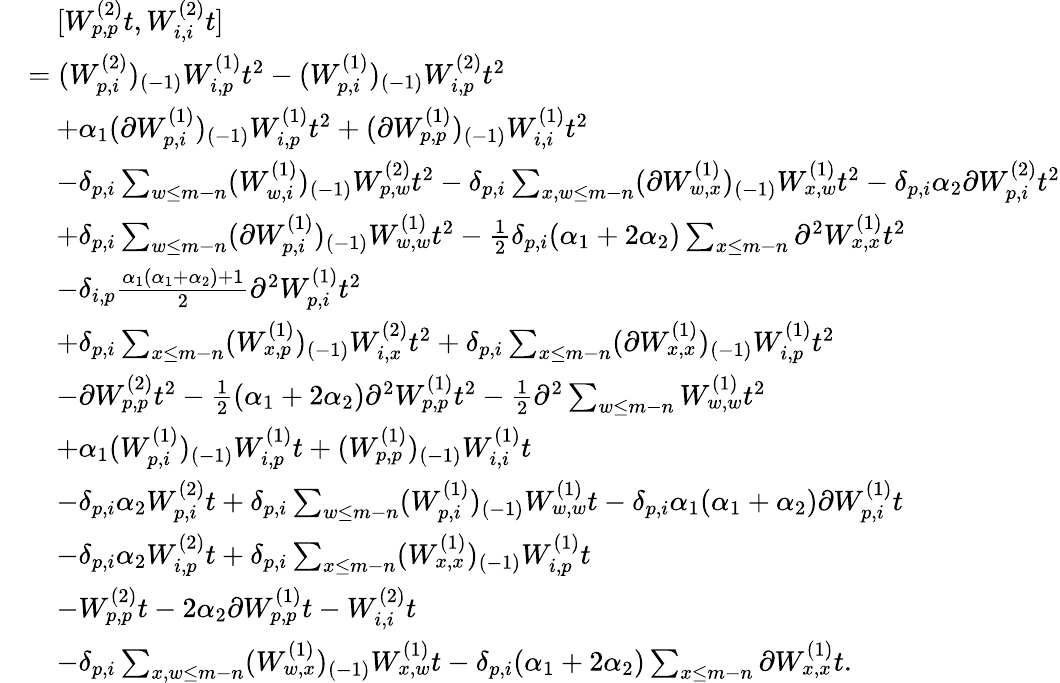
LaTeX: \begin{array}{rl}&{\quad[W_{p,p}^{(2)}t,W_{i,i}^{(2)}t]}\\ &{=(W_{p,i}^{(2)})_{(-1)}W_{i,p}^{(1)}t^{2}-(W_{p,i}^{(1)})_{(-1)}W_{i,p}^{(2)}t^{2}}\\ &{\quad+\alpha_{1}(\partial W_{p,i}^{(1)})_{(-1)}W_{i,p}^{(1)}t^{2}+(\partial W_{p,p}^{(1)})_{(-1)}W_{i,i}^{(1)}t^{2}}\\ &{\quad-\delta_{p,i}\sum_{w\leq m-n}(W_{w,i}^{(1)})_{(-1)}W_{p,w}^{(2)}t^{2}-\delta_{p,i}\sum_{x,w\leq m-n}(\partial W_{w,x}^{(1)})_{(-1)}W_{x,w}^{(1)}t^{2}-\delta_{p,i}\alpha_{2}\partial W_{p,i}^{(2)}t^{2}}\\ &{\quad+\delta_{p,i}\sum_{w\leq m-n}(\partial W_{p,i}^{(1)})_{(-1)}W_{w,w}^{(1)}t^{2}-\frac{1}{2}\delta_{p,i}(\alpha_{1}+2\alpha_{2})\sum_{x\leq m-n}\partial^{2}W_{x,x}^{(1)}t^{2}}\\ &{\quad-\delta_{i,p}\frac{\alpha_{1}(\alpha_{1}+\alpha_{2})+1}{2}\partial^{2}W_{p,i}^{(1)}t^{2}}\\ &{\quad+\delta_{p,i}\sum_{x\leq m-n}(W_{x,p}^{(1)})_{(-1)}W_{i,x}^{(2)}t^{2}+\delta_{p,i}\sum_{x\leq m-n}(\partial W_{x,x}^{(1)})_{(-1)}W_{i,p}^{(1)}t^{2}}\\ &{\quad-\partial W_{p,p}^{(2)}t^{2}-\frac{1}{2}(\alpha_{1}+2\alpha_{2})\partial^{2}W_{p,p}^{(1)}t^{2}-\frac{1}{2}\partial^{2}\sum_{w\leq m-n}W_{w,w}^{(1)}t^{2}}\\ &{\quad+\alpha_{1}(W_{p,i}^{(1)})_{(-1)}W_{i,p}^{(1)}t+(W_{p,p}^{(1)})_{(-1)}W_{i,i}^{(1)}t}\\ &{\quad-\delta_{p,i}\alpha_{2}W_{p,i}^{(2)}t+\delta_{p,i}\sum_{w\leq m-n}(W_{p,i}^{(1)})_{(-1)}W_{w,w}^{(1)}t-\delta_{p,i}\alpha_{1}(\alpha_{1}+\alpha_{2})\partial W_{p,i}^{(1)}t}\\ &{\quad-\delta_{p,i}\alpha_{2}W_{i,p}^{(2)}t+\delta_{p,i}\sum_{x\leq m-n}(W_{x,x}^{(1)})_{(-1)}W_{i,p}^{(1)}t}\\ &{\quad-W_{p,p}^{(2)}t-2\alpha_{2}\partial W_{p,p}^{(1)}t-W_{i,i}^{(2)}t}\\ &{\quad-\delta_{p,i}\sum_{x,w\leq m-n}(W_{w,x}^{(1)})_{(-1)}W_{x,w}^{(1)}t-\delta_{p,i}(\alpha_{1}+2\alpha_{2})\sum_{x\leq m-n}\partial W_{x,x}^{(1)}t.}\end{array}